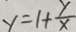
y = 1 + \frac { y } { x }